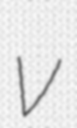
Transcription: v